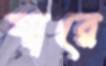
যারে